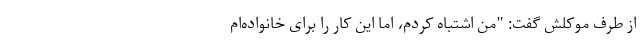
از طرف موکلش گفت: "من اشتباه کردم، اما این کار را برای خانواده‌ام